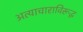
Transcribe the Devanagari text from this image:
अत्याचाराविरूद्ध